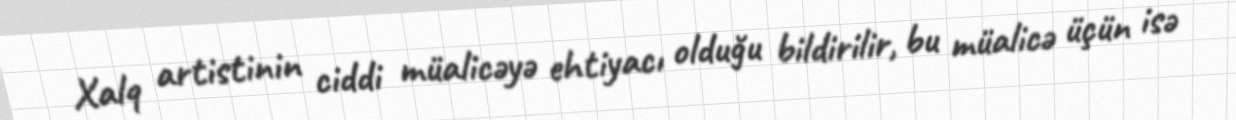
Xalq artistinin ciddi müalicəyə ehtiyacı olduğu bildirilir, bu müalicə üçün isə